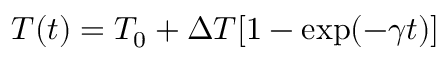
T ( t ) = T _ { 0 } + \Delta T [ 1 - \exp ( - \gamma t ) ]